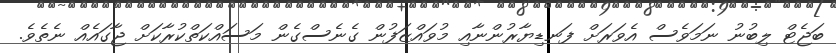
ބަޖެޓް ލިބުނު ނަމަވެސް އެވަރަށް ފަނޑިޔާރުންނާއި މުވައްޒަފުން ގެނެސްގެން މަސައްކަތްކުރާކަށް ޖާގައެއް ނެތެވެ.